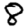
Digit: 8